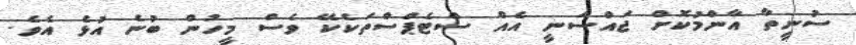
ސުނީތާ އާންމުކޮށް ޖައްސަނީ އެއް ސްޓެޕްސްތަކެކޭ ވެސް މީހުން ބުނެ އުޅެ އެވެ.